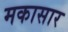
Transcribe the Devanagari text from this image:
मकासार